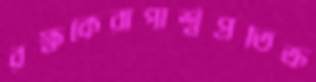
রক্ষকেরাপার্শ্বপ্রতিক্র